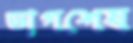
ভাগশেষ